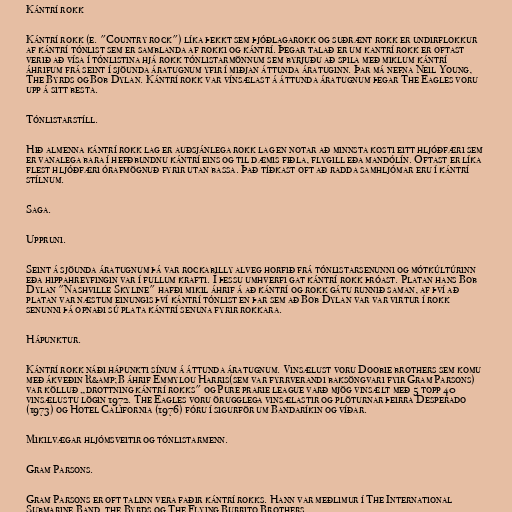
Kántrí rokk

Kántrí rokk (e. "Country rock") líka þekkt sem þjóðlagarokk og suðrænt rokk er undirflokkur
af kántrí tónlist sem er samblanda af rokki og kántrí. Þegar talað er um kantrí rokk er oftast
verið að vísa í tónlistina hjá rokk tónlistarmönnum sem byrjuðu að spila með miklum kántrí
áhrifum frá seint í sjöunda áratugnum yfir í miðjan áttunda áratuginn. Þar má nefna Neil Young,
The Byrds og Bob Dylan. Kántrí rokk var vínsælast á áttunda áratugnum þegar The Eagles voru
upp á sitt besta.

Tónlistarstíll.

Hið almenna kántrí rokk lag er auðsjánlega rokk lag en notar að minnsta kosti eitt hljóðfæri sem
er vanalega bara í hefðbundnu kántrí eins og til dæmis fiðla, flygill eða mandólín. Oftast er líka
flest hljóðfæri órafmögnuð fyrir utan bassa. Það tíðkast oft að radda samhljómar eru í kántrí
stílnum.

Saga.

Uppruni.

Seint á sjöunda áratugnum þá var rockabilly alveg horfið frá tónlistarsenunni og mótkúltúrinn
eða hippahreyfingin var í fullum krafti. Í þessu umhverfi gat kántrí rokk þróast. Platan hans Bob
Dylan "Nashville Skyline" hafði mikil áhrif á að kántrí og rokk gátu runnið saman, af því að
platan var næstum einungis því kántrí tónlist en þar sem að Bob Dylan var var virtur í rokk
senunni þá opnaði sú plata kántrí senuna fyrir rokkara.

Hápunktur.

Kántrí rokk náði hápunkti sínum á áttunda áratugnum. Vinsælust voru Doobie brothers sem komu
með ákveðin R&amp;B áhrif Emmylou Harris(sem var fyrrverandi baksöngvari fyir Gram Parsons)
var kölluð „drottning kántrí rokks" og Pure prarie league varð mjög vinsælt með 5 topp 40
vinsælustu lögin 1972. The Eagles voru örugglega vinsælastir og plöturnar þeirra Desperado
(1973) og Hotel California (1976) fóru í sigurför um Bandaríkin og víðar.

Mikilvægar hljómsveitir og tónlistarmenn.

Gram Parsons.

Gram Parsons er oft talinn vera faðir kántrí rokks. Hann var meðlimur í The International
Submarine Band, the Byrds og The Flying Burrito Brothers.